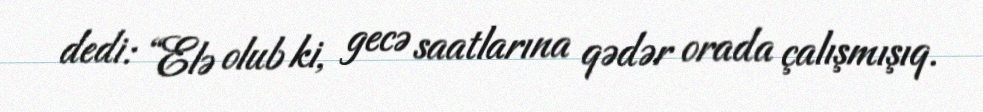
dedi: “Elə olub ki, gecə saatlarına qədər orada çalışmışıq.